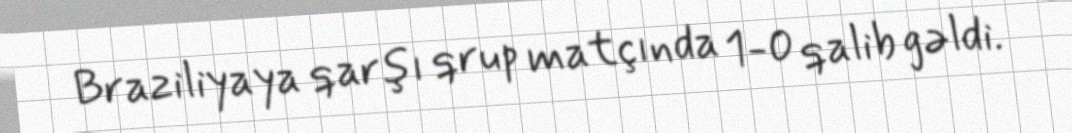
Braziliyaya qarşı qrup matçında 1-0 qalib gəldi.